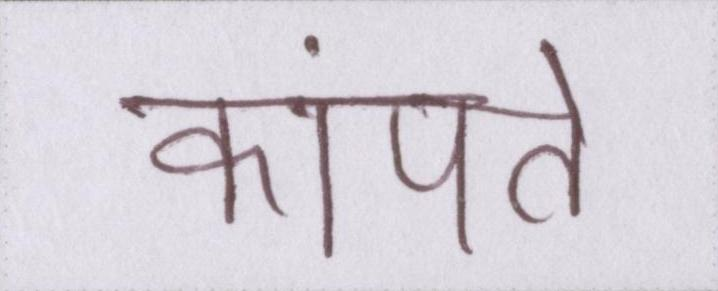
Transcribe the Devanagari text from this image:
कांपते